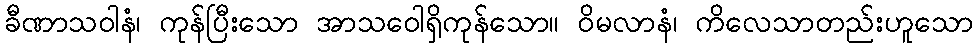
ခီဏာသဝါနံ၊ ကုန်ပြီးသော အာသဝေါရှိကုန်သော။ ဝိမလာနံ၊ ကိလေသာတည်းဟူသော